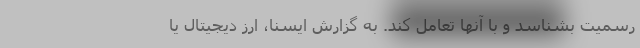
رسمیت بشناسد و با آنها تعامل کند. به گزارش ایسنا، ارز دیجیتال یا